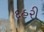
દહરી